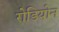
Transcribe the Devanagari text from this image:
रोडियोन